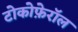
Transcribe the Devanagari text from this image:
टोकोफ़ेरॉल